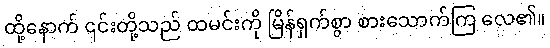
ထို့နောက် ၎င်းတို့သည် ထမင်းကို မြိန်ရှက်စွာ စားသောက်ကြ လေ၏။